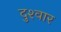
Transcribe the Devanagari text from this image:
दुश्‍वार